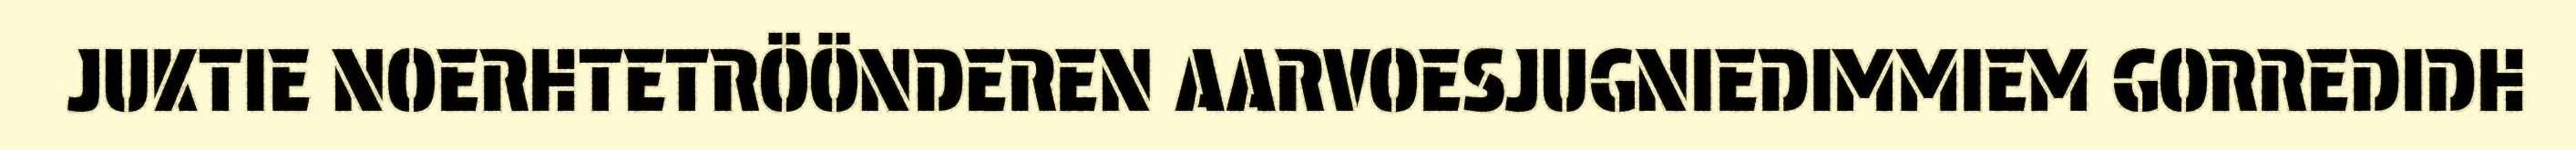
JUKTIE NOERHTETRÖÖNDEREN AARVOESJUGNIEDIMMIEM GORREDIDH